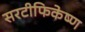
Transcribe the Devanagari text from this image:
सरटीफिकेष्ण